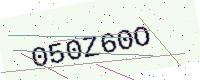
Text: 050Z60O